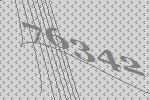
76342